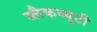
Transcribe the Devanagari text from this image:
ब्लैकब्यूटी